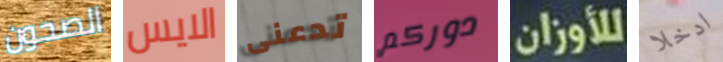
الصحون الايس تدعنى دوركم للأوزان ادخلا